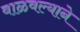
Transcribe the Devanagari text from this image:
वाळवल्याने